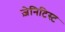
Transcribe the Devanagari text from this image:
ज़ेनिटिस्ट